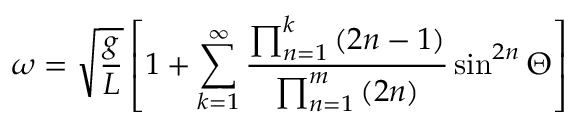
\omega = { \sqrt { \frac { g } { L } } } \left[ 1 + \sum _ { k = 1 } ^ { \infty } { \frac { \prod _ { n = 1 } ^ { k } \left( 2 n - 1 \right) } { \prod _ { n = 1 } ^ { m } \left( 2 n \right) } } \sin ^ { 2 n } \Theta \right]